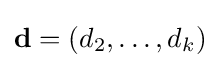
\mathbf {d} =(d_{2},\ldots ,d_{k})